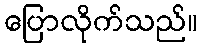
ပြောလိုက်သည်။